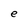
Character: e